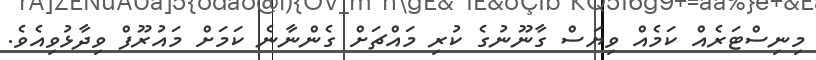
މިނިސްޓަރެއް ކަމެއް ވިޔަސް ގާނޫނުގެ ކުރި މައްޗަށް ގެންނާނެ ކަމަށް މައުރޫފް ވިދާޅުވިއެވެ.